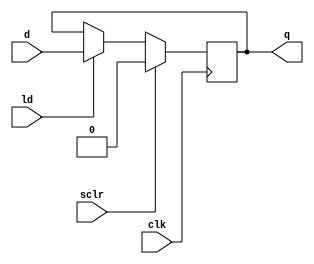
module dff (d, sclr, ld, clk, q);
  input d, sclr, ld, clk;
  output q;
  reg q;
  
  always @(posedge clk)
    if (sclr)
      q <= 1'b0;
    else if (ld)
      q <= d;
      
endmodule